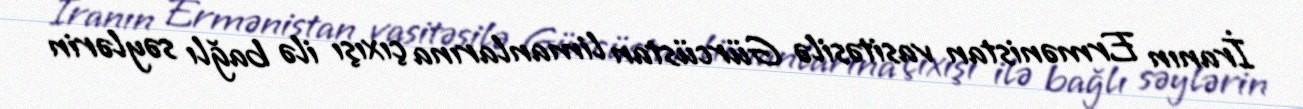
İranın Ermənistan vasitəsilə Gürcüstan limanlarına çıxışı ilə bağlı səylərin